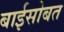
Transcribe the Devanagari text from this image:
बाईसोबत